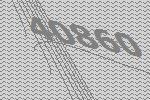
40860